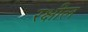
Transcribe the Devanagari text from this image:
रक्षील